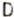
D